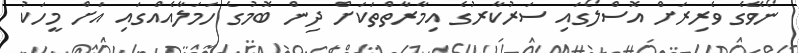
ނޯވޭގެ ވެރިރަށް އޮސްލޯގައި ސަރުކާރުގެ އިމާރާތްތަކަށް ދިން ބޮމުގެ ހަމަލާއެއްގައި އަށް މީހަކު